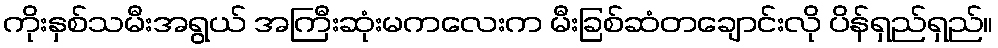
ကိုးနှစ်သမီးအရွယ် အကြီးဆုံးမကလေးက မီးခြစ်ဆံတချောင်းလို ပိန်ရှည်ရှည်။